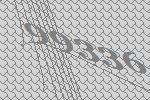
99336